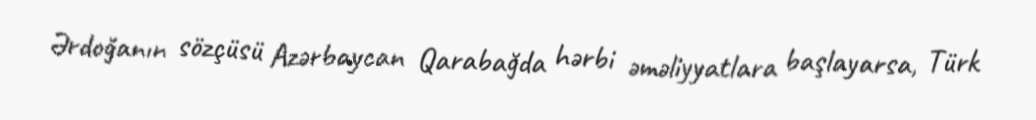
Ərdoğanın sözçüsü Azərbaycan Qarabağda hərbi əməliyyatlara başlayarsa, Türk